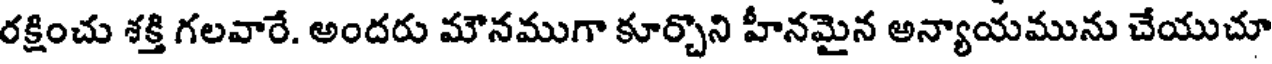
రక్షించు శక్తి గలవారే. అందరు మౌనముగా కూర్చొని హీనమైన అన్యాయమును చేయుచూ